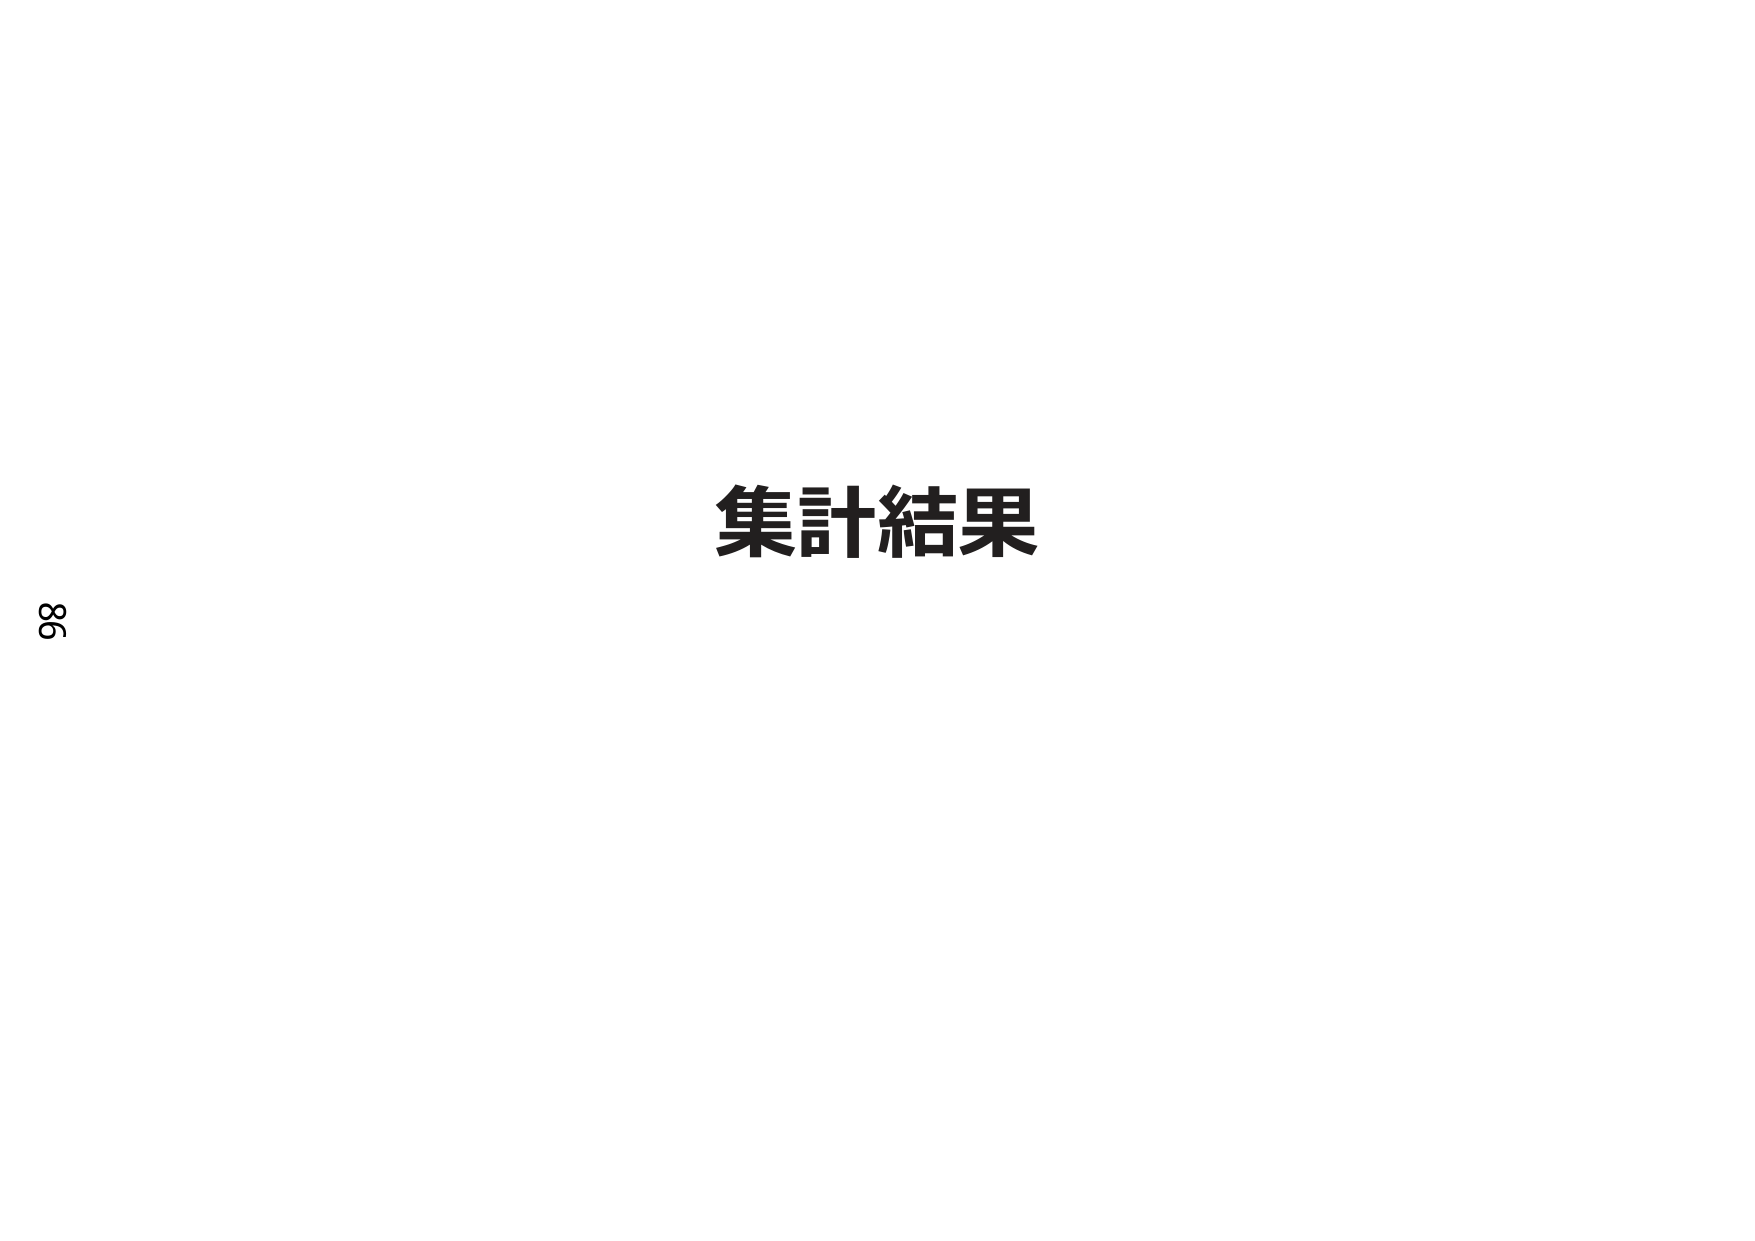
集計結果
98